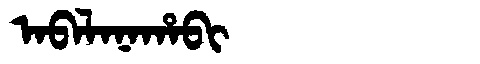
Manchu: ᠠᠪᠠᠯᠠᠨᠠᡥᠠᠪᡳ
Romanization: ABALANAHABI